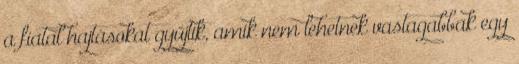
a fiatal hajtásokat gyűjtik, amik nem lehetnek vastagabbak egy